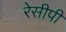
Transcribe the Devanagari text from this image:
रेसीपी